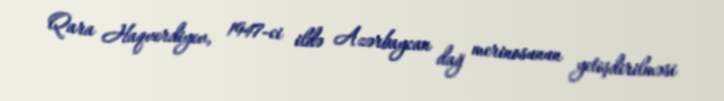
Qara Haqverdiyev, 1947-ci ildə Azərbaycan dağ merinosunun yetişdirilməsi